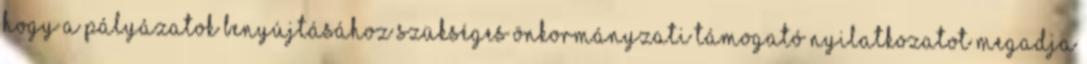
hogy a pályázatok benyújtásához szükséges önkormányzati támogató nyilatkozatot megadja